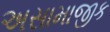
અસામાજીક